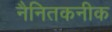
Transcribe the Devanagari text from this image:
नैनितकनीक